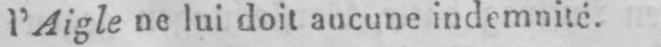
l’Aigle ne lui doit aucune indemnité.